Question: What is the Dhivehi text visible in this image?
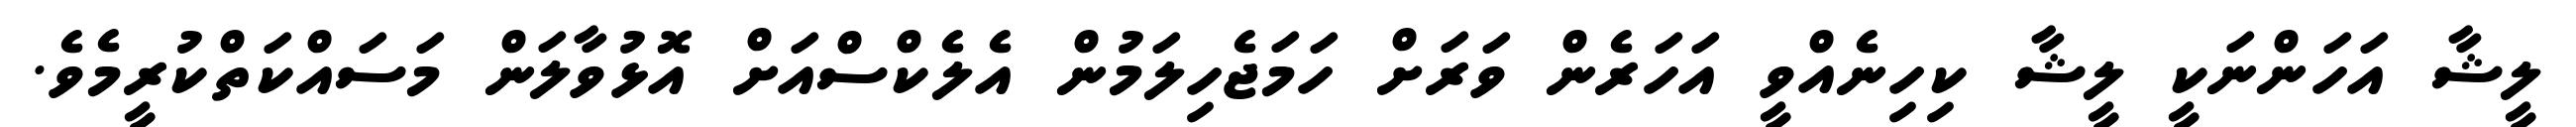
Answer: ލީޝާ އަހަންނަކީ ލީޝާ ކިހިނެއްވީ އަހަރެން ވަރަށް ހަމަޖެހިލަމުން އެލެކްސްއަށް އޮޅުވާލަން މަސައްކަތްކުރީމެވެ.